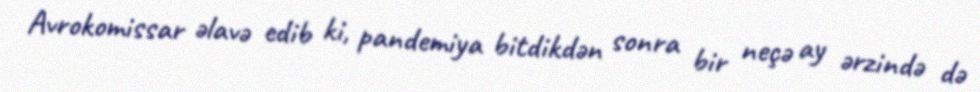
Avrokomissar əlavə edib ki, pandemiya bitdikdən sonra bir neçə ay ərzində də